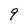
Character: 9